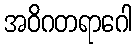
အဝိဂတရာဂေါ